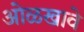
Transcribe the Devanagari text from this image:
ओळखावे